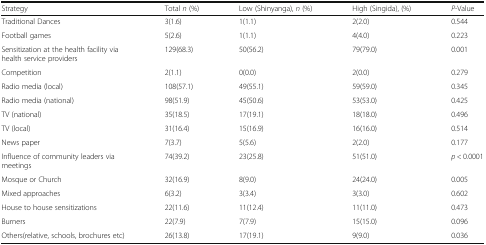
<table><thead><tr><td><b>Strategy</b></td><td><b>Total <i>n</i> (%)</b></td><td><b>Low (Shinyanga), <i>n</i> (%)</b></td><td><b>High (Singida), (%)</b></td><td><b><i>P</i>-Value</b></td></tr></thead><tbody><tr><td>Traditional Dances</td><td>3(1.6)</td><td>1(1.1)</td><td>2(2.0)</td><td>0.544</td></tr><tr><td>Football games</td><td>5(2.6)</td><td>1(1.1)</td><td>4(4.0)</td><td>0.223</td></tr><tr><td>Sensitization at the health facility via health service providers</td><td>129(68.3)</td><td>50(56.2)</td><td>79(79.0)</td><td>0.001</td></tr><tr><td>Competition</td><td>2(1.1)</td><td>0(0.0)</td><td>2(0.0)</td><td>0.279</td></tr><tr><td>Radio media (local)</td><td>108(57.1)</td><td>49(55.1)</td><td>59(59.0)</td><td>0.345</td></tr><tr><td>Radio media (national)</td><td>98(51.9)</td><td>45(50.6)</td><td>53(53.0)</td><td>0.425</td></tr><tr><td>TV (national)</td><td>35(18.5)</td><td>17(19.1)</td><td>18(18.0)</td><td>0.496</td></tr><tr><td>TV (local)</td><td>31(16.4)</td><td>15(16.9)</td><td>16(16.0)</td><td>0.514</td></tr><tr><td>News paper</td><td>7(3.7)</td><td>5(5.6)</td><td>2(2.0)</td><td>0.177</td></tr><tr><td>Influence of community leaders via meetings</td><td>74(39.2)</td><td>23(25.8)</td><td>51(51.0)</td><td><i>p</i> &lt; 0.0001</td></tr><tr><td>Mosque or Church</td><td>32(16.9)</td><td>8(9.0)</td><td>24(24.0)</td><td>0.005</td></tr><tr><td>Mixed approaches</td><td>6(3.2)</td><td>3(3.4)</td><td>3(3.0)</td><td>0.602</td></tr><tr><td>House to house sensitizations</td><td>22(11.6)</td><td>11(12.4)</td><td>11(11.0)</td><td>0.473</td></tr><tr><td>Burners</td><td>22(7.9)</td><td>7(7.9)</td><td>15(15.0)</td><td>0.096</td></tr><tr><td>Others(relative, schools, brochures etc)</td><td>26(13.8)</td><td>17(19.1)</td><td>9(9.0)</td><td>0.036</td></tr></tbody></table>